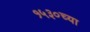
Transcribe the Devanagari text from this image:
१५३०च्या